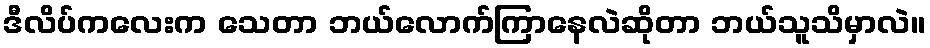
ဒီလိပ်ကလေးက သေတာ ဘယ်လောက်ကြာနေလဲဆိုတာ ဘယ်သူသိမှာလဲ။